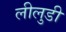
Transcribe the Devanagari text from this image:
लीलुडी